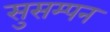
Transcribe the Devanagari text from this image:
सुसम्पन